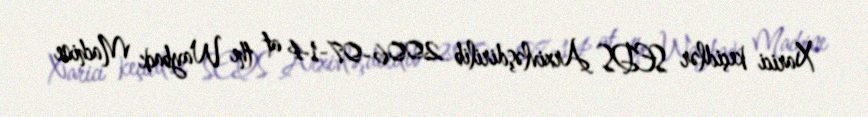
Xarici keçidlər SEDS Arxivləşdirilib 2006-07-14 at the Wayback Machine